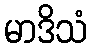
မာဒိသံ